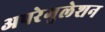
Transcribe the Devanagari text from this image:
अपरेगुलेशन